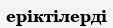
еріктілерді